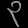
Digit: ၃